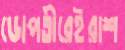
ডোপতীরেইরাশ